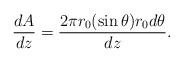
LaTeX: \begin{align*}\frac{dA}{dz}=\frac{2\pi r_0 (\sin\theta) r_0 d\theta}{dz}.\end{align*}